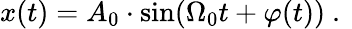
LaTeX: x(t)=A_{0}\cdot{\sin}(\Omega_{0}t+\varphi(t))\mathrm{~.~}